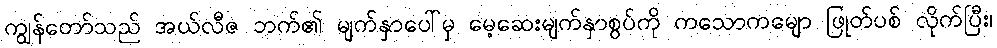
ကျွန်တော်သည် အယ်လီဇ ဘက်၏ မျက်နှာပေါ်မှ မေ့ဆေးမျက်နှာစွပ်ကို ကသောကမျော ဖြုတ်ပစ် လိုက်ပြီး၊